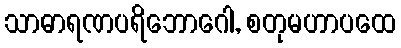
သာဓာရဏပရိဘောဂေါ, စတုမဟာပထေ